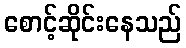
စောင့်ဆိုင်းနေသည်